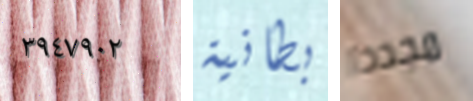
٣٩٤٧٩٠٢ بطانية مجددا